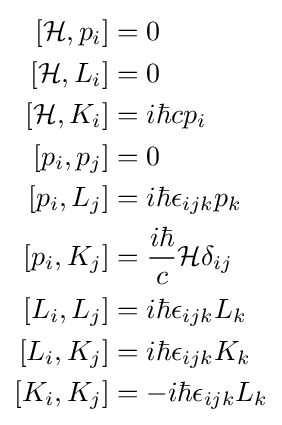
{\begin{aligned}\left[{\mathcal {H}},p_{i}\right]&=0\\\left[{\mathcal {H}},L_{i}\right]&=0\\\left[{\mathcal {H}},K_{i}\right]&=i\hbar cp_{i}\\\left[p_{i},p_{j}\right]&=0\\\left[p_{i},L_{j}\right]&=i\hbar \epsilon _{ijk}p_{k}\\\left[p_{i},K_{j}\right]&={\frac {i\hbar }{c}}{\mathcal {H}}\delta _{ij}\\\left[L_{i},L_{j}\right]&=i\hbar \epsilon _{ijk}L_{k}\\\left[L_{i},K_{j}\right]&=i\hbar \epsilon _{ijk}K_{k}\\\left[K_{i},K_{j}\right]&=-i\hbar \epsilon _{ijk}L_{k}\end{aligned}}